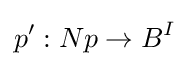
p':Np\to B^{I}